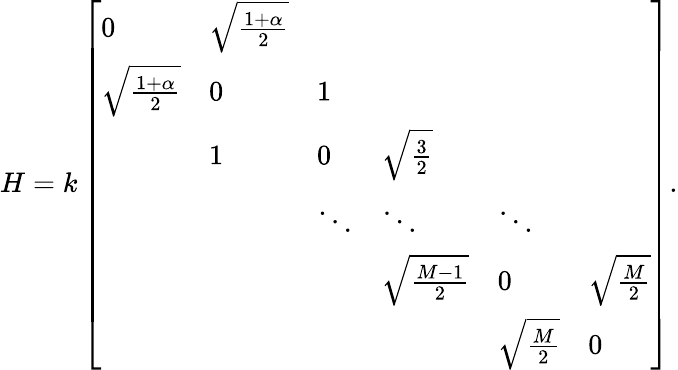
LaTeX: H=k\left[\begin{array}{llllll}{0}&{\sqrt{\frac{1+\alpha}{2}}}&&&&\\ {\sqrt{\frac{1+\alpha}{2}}}&{0}&{1}&&&\\ &{1}&{0}&{\sqrt{\frac{3}{2}}}&&\\ &&{\ddots}&{\ddots}&{\ddots}&\\ &&&{\sqrt{\frac{M-1}{2}}}&{0}&{\sqrt{\frac{M}{2}}}\\ &&&&{\sqrt{\frac{M}{2}}}&{0}\end{array}\right].